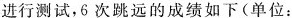
m)：7.6，7.8，7.7，7.8，8.0，7.9.这六次